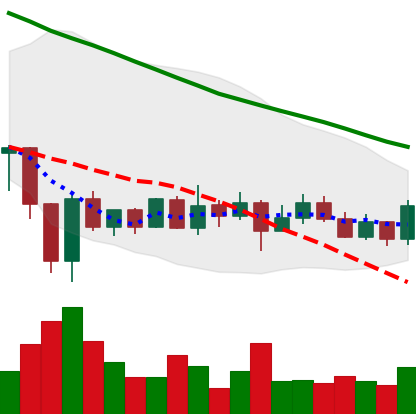
Ticker: ADA-USD
Chart end date: 2020-01-03
Forward return: 6.597%
Label: up_5_7